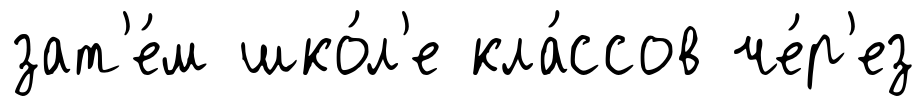
зат'е́м шко́л'е кла́ссов че́р'ез